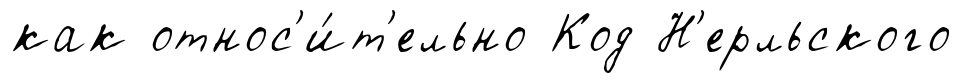
как относ'и́т'ельно Код Н'ерльского